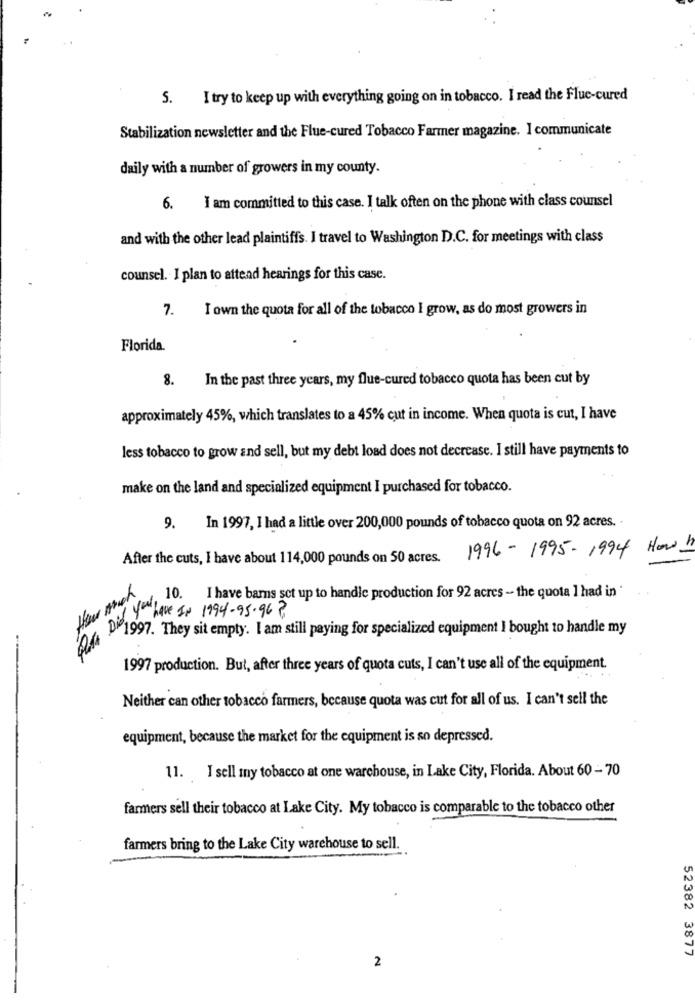
5. I try to keep up with everything going on in tobacco. I read the Flue-cured
Stabilization newsletter and the Flue-cured Tobacco Farmer magazine. I communicate
daily with a number of growers in my county.
6. I am committed to this case. I talk often on the phone with class counsel
and with the other lead plaintiffs. I travel to Washington D.C. for meetings with class
counsel. I plan to attend hearings for this case.
7. I own the quota for all of the tobacco I grow, as do most growers in
Florida.
8.
In the past three years, my flue-cured tobacco quota has been cut by
approximately 45%, which translates to a 45% cut in income. When quota is cut, I have
less tobacco to grow and sell, but my debt load does not decrease. I still have payments to
make on the land and specialized equipment I purchased for tobacco.
9.
In 1997, I had a little over 200,000 pounds of tobacco quota on 92 acres. .
1996-1995-1994 How
After the cuts, I have about 114,000 pounds on 50 acres.
10. I have barns set up to handle production for 92 acres - the quota I had in '
Did. I have IN 1994- 95-96 6
1997. They sit empty. I am still paying for specialized equipment I bought to handle my
1997 production. But, after three years of quota cuts, I can't use all of the equipment.
Neither can other tobacco farmers, because quota was cut for all of us. I can't sell the
equipment, because the market for the equipment is so depressed.
11. I sell my tobacco at one warehouse, in Lake City, Florida. About 60 - 70
farmers sell their tobacco at Lake City. My tobacco is comparable to the tobacco other
farmers bring to the Lake City warehouse to sell.
52382 3877
2